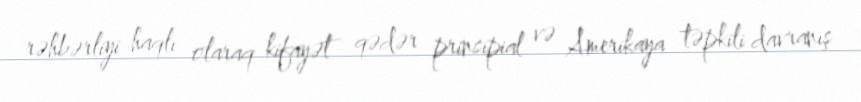
rəhbərliyi haqlı olaraq kifayət qədər prinsipial və Amerikaya təpkili davranış